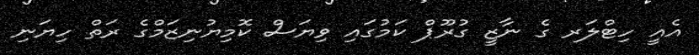
އެއީ ހިޓްލަރ ގެ ނާޒީ ގުރޫޕް ކަމުގައި ވިޔަސް ކޮމިޔުނިޒަމްގެ ރަތް ހިޔަނި